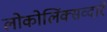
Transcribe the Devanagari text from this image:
लोकोलिंक्सव्दारे